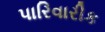
પારિવારીક